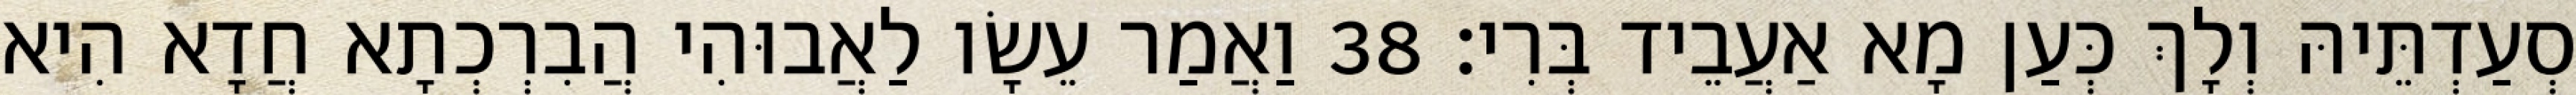
סְעַדְתֵּיהּ וְלָךְ כְּעַן מָא אַעֲבֵיד בְּרִי׃ 38 וַאֲמַר עֵשָׂו לַאֲבוּהִי הֲבִרְכְתָא חֲדָא הִיא